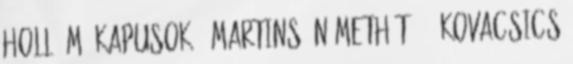
Holló M. kapusok – Martins, Németh T. 1, Kovacsics